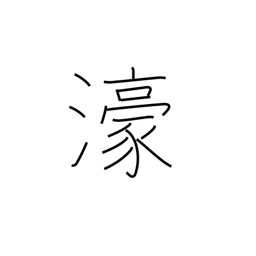
Meaning: Australia